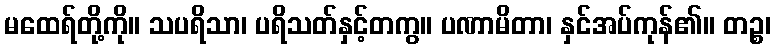
မထေရ်တို့ကို။ သပရိသာ၊ ပရိသတ်နှင့်တကွ။ ပဏာမိတာ၊ နှင်အပ်ကုန်၏။ တဉ္စ၊